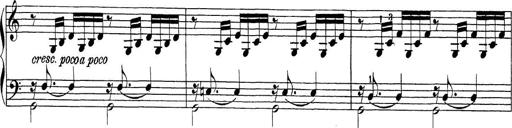
Title: Sonatina Album
Composer: Louis KÃ¶hler